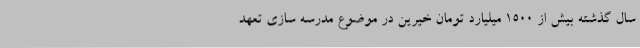
سال گذشته بیش از 1500 میلیارد تومان خیرین در موضوع مدرسه سازی تعهد